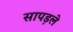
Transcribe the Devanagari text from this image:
सापड़ले